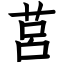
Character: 莒